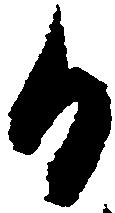
日